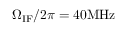
\Omega _ { \mathrm { I F } } / 2 \pi = 4 0 \mathrm { M H z }